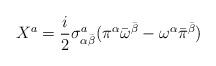
LaTeX: \begin{align*}X^{a}=\frac{i}{2}\sigma^a_{\alpha{\bar\beta}}(\pi^\alpha{\bar\omega}^{\bar\beta}-\omega^\alpha{\bar\pi}^{\bar\beta})\end{align*}